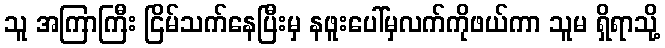
သူ အကြာကြီး ငြိမ်သက်နေပြီးမှ နဖူးပေါ်မှလက်ကိုဖယ်ကာ သူမ ရှိရာသို့